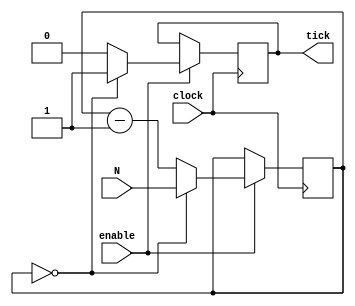
	

`timescale 1ns / 100ps

module clktick_16(	
	clock, 
	enable,
	N, 
	tick

); 

	input enable; 
	input clock;
	input [15:0] N; 
	output tick; 
	reg tick;
	reg[15:0] count; 
 

	initial count = 0; 
	always @ (posedge clock)
	if(enable == 1'b1)
		if  (count == 0) begin
			tick <= 1'b1; 
			count <= N;
			end 
		else begin 
			tick <= 1'b0;
			count <= count - 1'b1; 
		
			end 	
	
endmodule